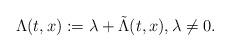
LaTeX: \begin{align*} \Lambda(t,x):= \lambda + \tilde{\Lambda}(t,x), \lambda \neq 0. \end{align*}